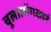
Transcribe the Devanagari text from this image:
चूलालोंगकार्न